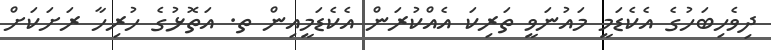
ދިވެހިބަހުގެ އެކެޑަމީ މައުނަވީ ތަރިކަ އެއްކުރަން އެކެޑަމީއިން ތ. އަތޮޅުގެ ހުރިހާ ރަށަކަށް